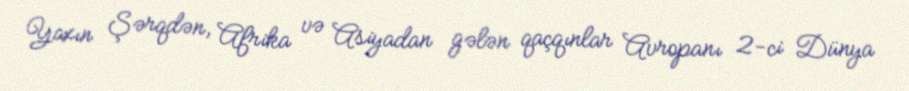
Yaxın Şərqdən, Afrika və Asiyadan gələn qaçqınlar Avropanı 2-ci Dünya